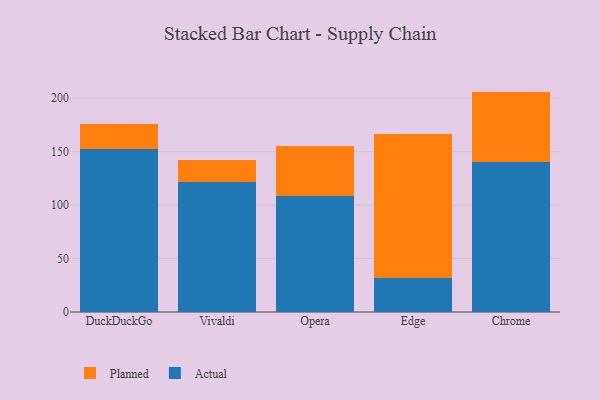
{"axis": {"x": "Browser", "y": "Demand Index"}, "legend": ["Actual", "Planned"], "data": [{"x": "DuckDuckGo", "y": 152.8, "type": "Actual"}, {"x": "DuckDuckGo", "y": 22.8, "type": "Planned"}, {"x": "Vivaldi", "y": 121.5, "type": "Actual"}, {"x": "Vivaldi", "y": 20.5, "type": "Planned"}, {"x": "Opera", "y": 108.7, "type": "Actual"}, {"x": "Opera", "y": 46.9, "type": "Planned"}, {"x": "Edge", "y": 31.6, "type": "Actual"}, {"x": "Edge", "y": 135.3, "type": "Planned"}, {"x": "Chrome", "y": 140.2, "type": "Actual"}, {"x": "Chrome", "y": 66.0, "type": "Planned"}]}